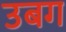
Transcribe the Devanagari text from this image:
उबग